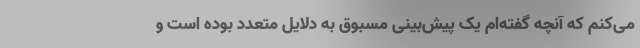
می‌کنم که آنچه گفته‌ام یک پیش‌بینی مسبوق به دلایل متعدد بوده است و